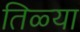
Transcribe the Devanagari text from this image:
तिळ्या